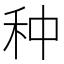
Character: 种